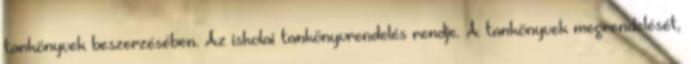
tankönyvek beszerzésében. Az iskolai tankönyvrendelés rendje. A tankönyvek megrendelését,